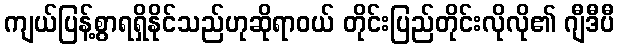
ကျယ်ပြန့်စွာရရှိနိုင်သည်ဟုဆိုရာဝယ် တိုင်းပြည်တိုင်းလိုလို၏ ဂျီဒီပီ